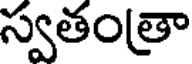
స్వతంత్రా